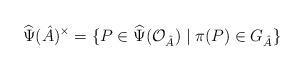
LaTeX: \begin{align*} \widehat{\Psi}(\hat{A})^{\times} = \{ P \in \widehat{\Psi}(\mathcal{O}_{\hat{A}}) \; | \; \pi(P) \in G_{\hat{A}} \}\end{align*}